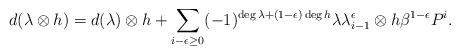
LaTeX: \begin{align*}d(\lambda\otimes h)&=d(\lambda)\otimes h+\sum_{i-\epsilon\geq0}(-1)^{\deg\lambda+(1-\epsilon)\deg h}\lambda\lambda^{\epsilon}_{i-1}\otimes h\beta^{1-\epsilon}P^i.\end{align*}